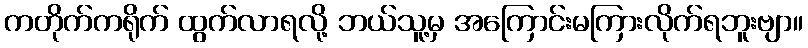
ကတိုက်ကရိုက် ထွက်လာရလို့ ဘယ်သူ့မှ အကြောင်းမကြားလိုက်ရဘူးဗျာ။